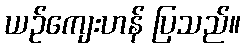
ယဉ်ကျေးဟန် ပြသည်။